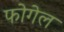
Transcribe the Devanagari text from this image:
फोगेल